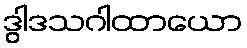
ဒွါဒသဂါထာယော